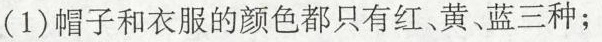
(1)帽子和衣服的颜色都只有红、黄、蓝三种；